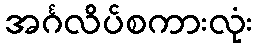
အင်္ဂလိပ်စကားလုံး